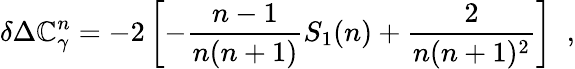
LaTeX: \delta\Delta\mathbb{C}_{\gamma}^{n}=-2\left[-\frac{{n-1}}{{n(n+1)}}S_{1}(n)+\frac{{2}}{{n(n+1)^{2}}}\right]\; \; ,